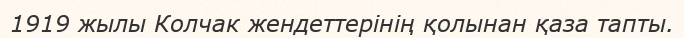
1919 жылы Колчак жендеттерінің қолынан қаза тапты.